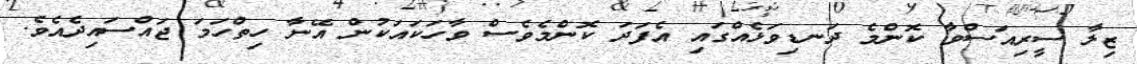
ޒިލާ ސީރިއަސްވާ ކޮންމެ ދަނޑިވަޅެއްގައި އެފަދަ ކޮންމެވެސް ވާހަކައަކުން އޭނާ ހިތްހަމަ ޖައްސައިދެއެވެ.